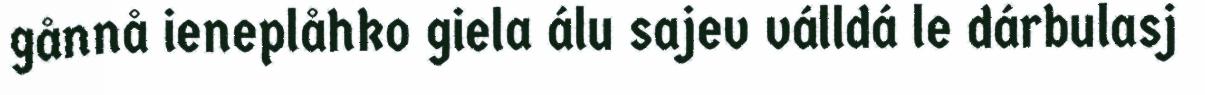
gånnå ieneplåhko giela álu sajev válldá le dárbulasj